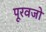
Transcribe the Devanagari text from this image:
पूरवजो